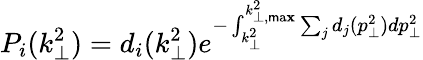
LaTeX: P_{i}(k_{\perp}^{2})=d_{i}(k_{\perp}^{2})e^{-\int_{k_{\perp}^{2}}^{k_{\perp,\operatorname*{\mathsf{m}a\mathbf{x}}}^{2}}\sum_{j}d_{j}(p_{\perp}^{2})dp_{\perp}^{2}}